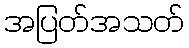
အပြတ်အသတ်